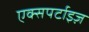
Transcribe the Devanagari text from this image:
एक्सपर्टाइज़